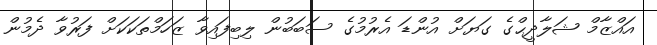
އައްޒާމް ޝަލާދީޙްގެ ގަޔަށް އުންޑަ އެރުމުގެ ސަބަބުން ލިބިފައިވާ ޒަހަމްތަކަކަށް ފަރުވާ ދެމުން